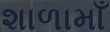
શાળામાઁ